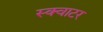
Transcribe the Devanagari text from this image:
स्क्वाटर